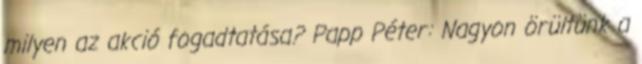
milyen az akció fogadtatása? Papp Péter: Nagyon örültünk a